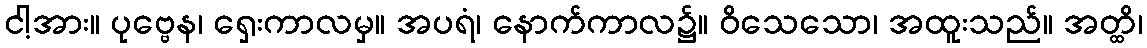
ငါ့အား။ ပုဗ္ဗေန၊ ရှေးကာလမှ။ အပရံ၊ နောက်ကာလ၌။ ဝိသေသော၊ အထူးသည်။ အတ္ထိ၊